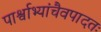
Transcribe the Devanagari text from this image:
पार्श्वाभ्यांचैवपादतः